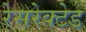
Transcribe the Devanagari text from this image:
रेसरेक्टेड